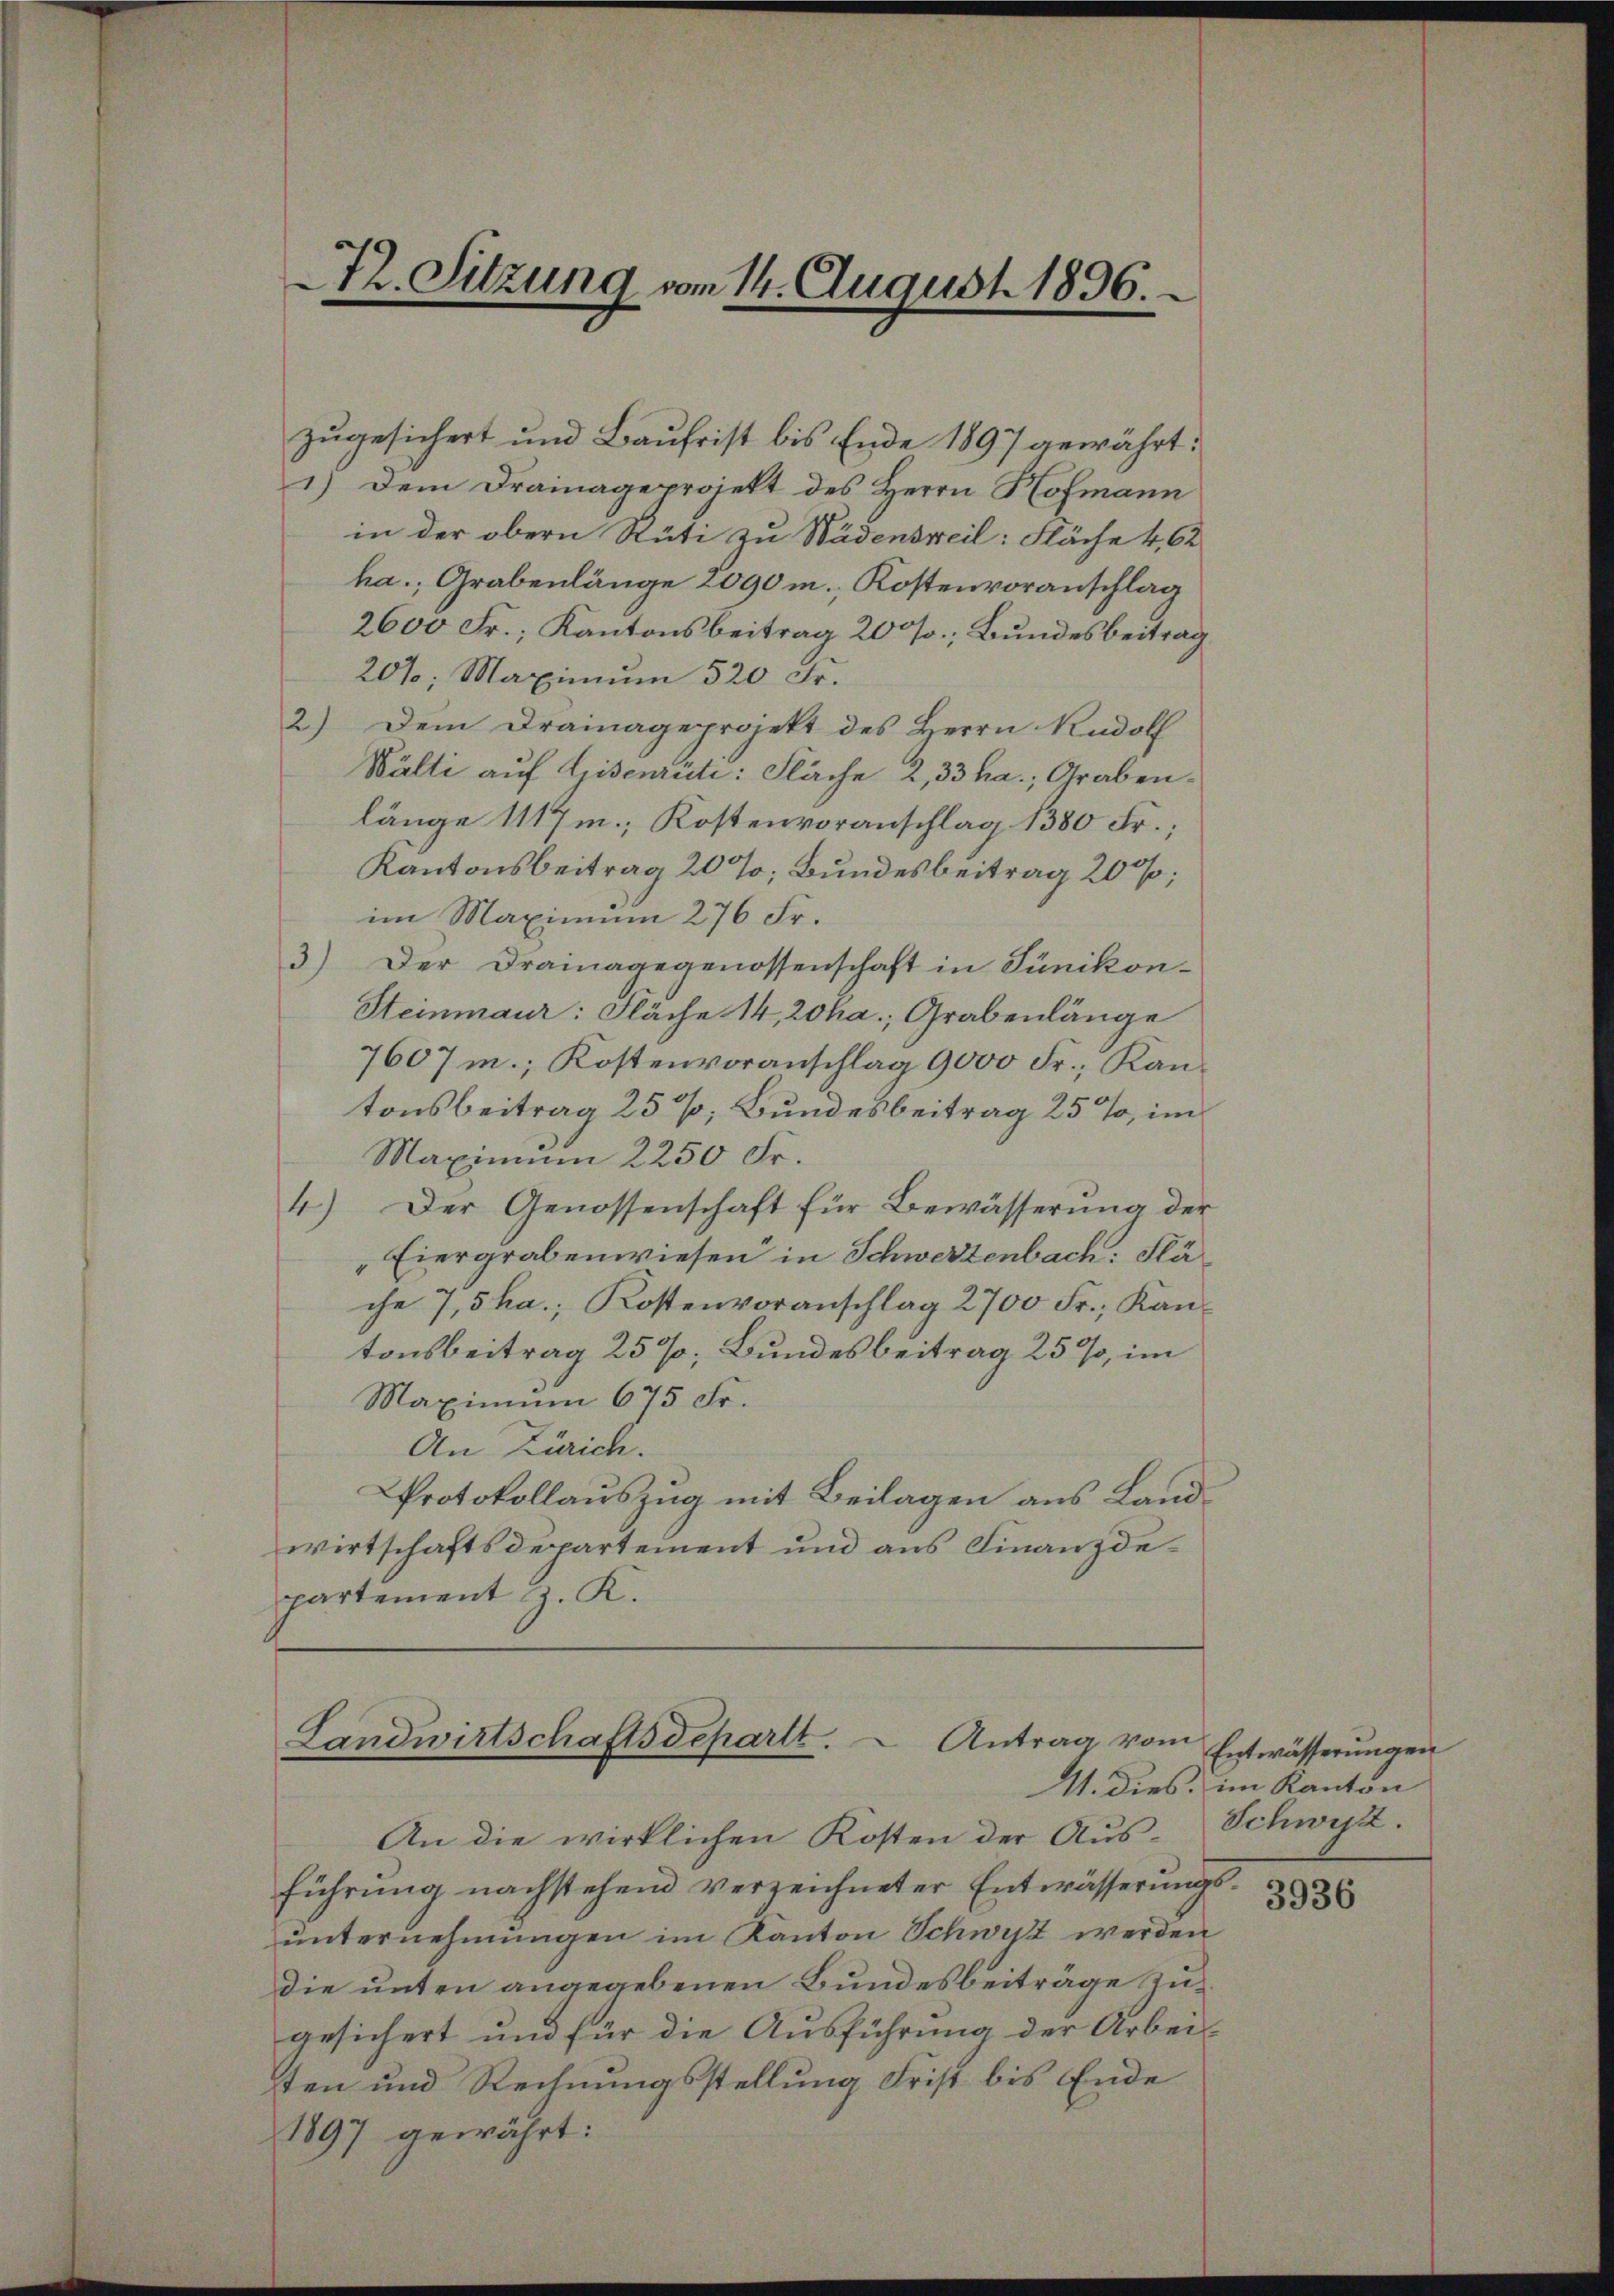
zugesichert und Baufrist bis Ende 1897 gewährt:
1) Dem Drainage projekt des Herrn Hofmann
in der obern Rüti zu Wädensweil: Fläche 4, 62
ha.; Grabenlänge 2090 m. Kostenvoranschlag
2600 Fr.; Kantonsbeitrag 20 f.; Bundesbeitrag,
20%; Maximum 520 Fr.
2.) Dem Drainageprojekt des Herrn Rudolf
Wälti auf Gisenrüti: Fläche 2, 33 ha.; Grabenlänge 1117m; Kostenvoranschlag 1380 Fr.;
Kantonsbeitrag 20 %; Bundesbeitrag 20 %;
im Maximum 276 Fr.
3) Der Drainagegenossenschaft in Sünikon-
Steinmaur: Fläche 14, 20ha; Grabenlänge
7607 m.; Kostenvoranschlag 9000 Fr.; Kantonsbeitrag 25%; Bundesbeitrag 25%, im
Maximum 2250 Fr.
4.) Der Genossenschaft für Bewässerung der
Eiergrabenwiesen in Schwerzenbach: Släche 7,5 ha.; Kostenvoranschlag 2700 Fr., Kantonsbeitrag 25%, Bundesbeitrag 25%, im
Maximum 675 Fr.
An Zürich.
Protokollauszug mit Beilagen aus Landwirtschaftsdepartement und aus Finanzdepartement z. K.

72. Sitzung vom 14. August 1896.

Landwirtschaftsdepartt. Antrag vom

An die wirklichen Kosten der Aus-
führung nachstehend verzeichneter Entwässerungs- 835
unternehmungen im Kanton Schwist werden
die unten angegebenen Bundesbeiträge zugesichert und für die Ausführung der Arbeisten und Rechnungsstellung Frist bis Ende
1897 gewährt:

Entwässerungen
11. Dies im Kanton
Schwist